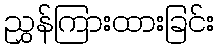
ညွှန်ကြားထားခြင်း